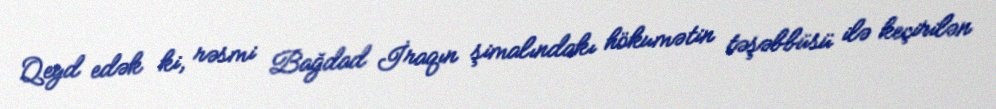
Qeyd edək ki, rəsmi Bağdad İraqın şimalındakı hökumətin təşəbbüsü ilə keçirilən